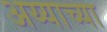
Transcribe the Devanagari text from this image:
अय्याच्या